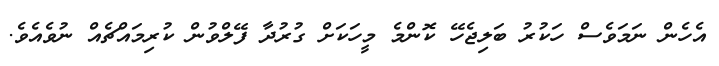
އެހެން ނަމަވެސް ހަކުރު ބަލިޖެހޭ ކޮންމެ މީހަކަށް ގުރުދާ ފޭލްވުން ކުރިމައްޗެއް ނުވެއެވެ.